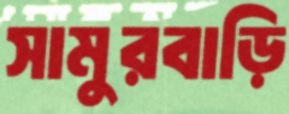
সামুরবাড়ি